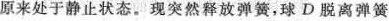
原来处于静止状态。现突然释放弹簧，球D脱离弹簧